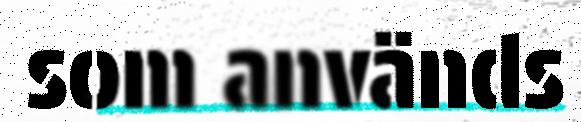
som används